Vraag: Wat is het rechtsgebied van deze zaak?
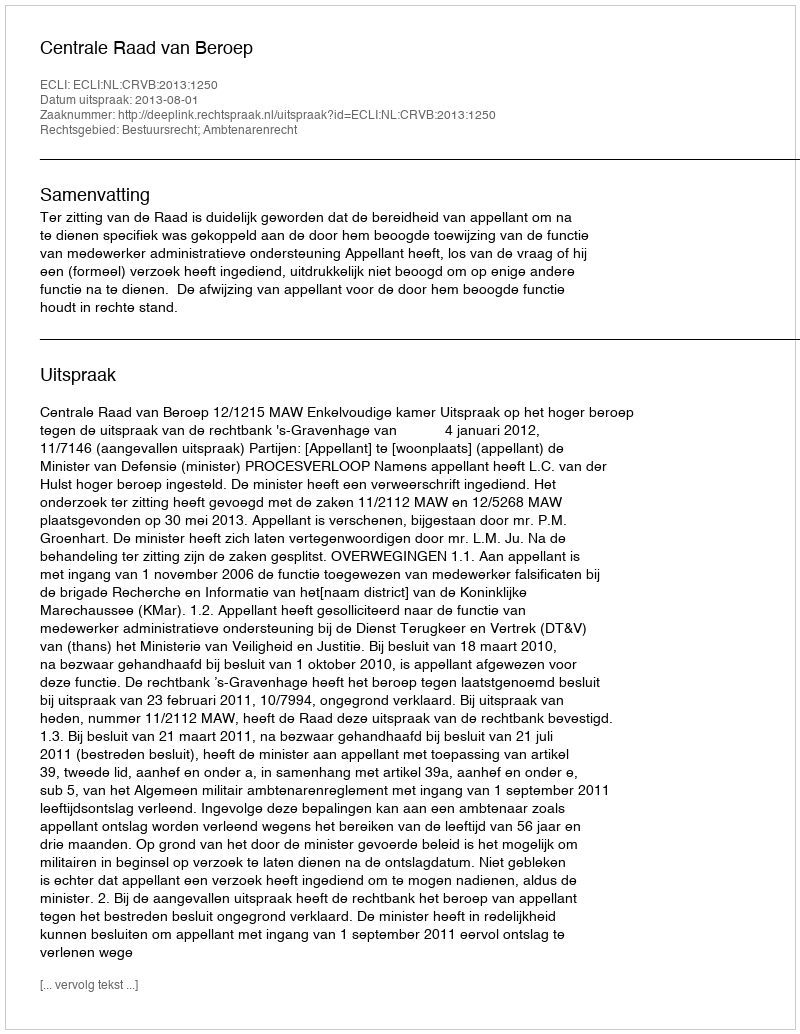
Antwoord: Bestuursrecht; Ambtenarenrecht